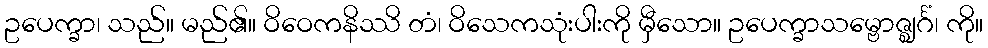
ဥပေက္ခာ၊ သည်။ မည်၏။ ဝိဝေကနိဿိ တံ၊ ဝိသေကသုံးပါးကို မှီသော။ ဥပေက္ခာသမ္ဗောဇ္ဈင်္ဂံ၊ ကို။